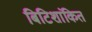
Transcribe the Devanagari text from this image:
बिटिशांकित